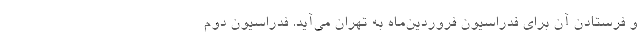
و فرستادن آن برای فدراسیون فروردین‌ماه به تهران می‌آید. فدراسیون دوم